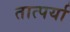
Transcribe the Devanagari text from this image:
तात्पर्या